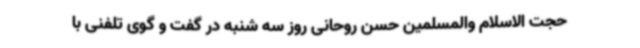
حجت الاسلام والمسلمین حسن روحانی روز سه شنبه در گفت و گوی تلفنی با